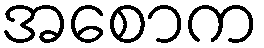
အစောက